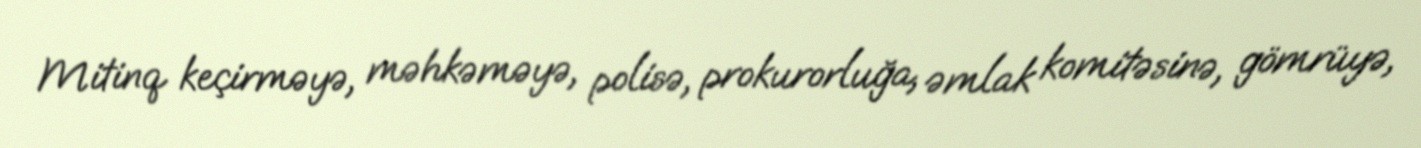
Mitinq keçirməyə, məhkəməyə, polisə, prokurorluğa, əmlak komitəsinə, gömrüyə,